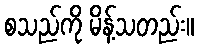
စသည်ကို မိန့်သတည်း။